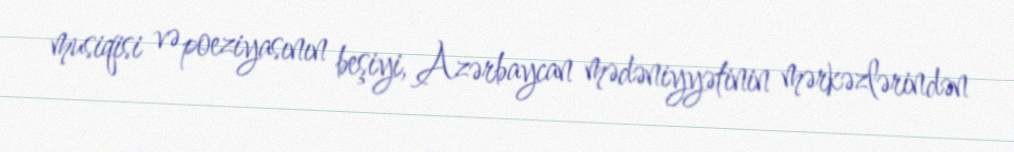
musiqisi və poeziyasının beşiyi, Azərbaycan mədəniyyətinin mərkəzlərindən